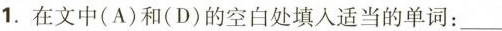
1.在文中(A)和(D)的空白处填入适当的单词:___